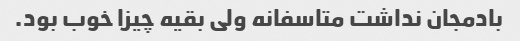
بادمجان نداشت متاسفانه ولی بقیه چیزا خوب بود.